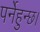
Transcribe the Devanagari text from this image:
पर्नेहुन्छ।